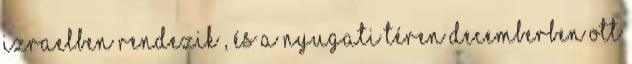
Izraelben rendezik , és a Nyugati téren decemberben ott